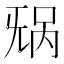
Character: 𬀥